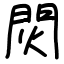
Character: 焛